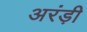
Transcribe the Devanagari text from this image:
अरंड़ी